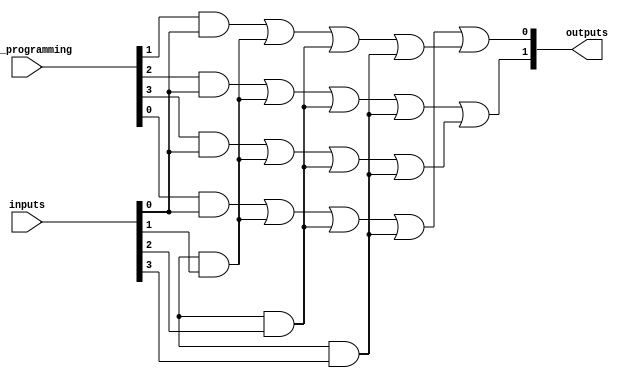
module SPAL #(
    parameter n = 4,  // Number of input lines
    parameter m = 4,  // Number of AND gates
    parameter p = 2   // Number of output lines
)(
    input  [n-1:0] inputs,           // Input lines
    input  [m-1:0] and_programming,   // Programming signals for AND gates
    output [p-1:0] outputs            // Output lines
);

// Internal signals for AND gate outputs
wire [m-1:0] and_outputs;

// Programmable AND gates
genvar i, j;
generate
    for (i = 0; i < m; i = i + 1) begin : and_gate
        assign and_outputs[i] = 
            (and_programming[i] & inputs[0]) |
            (and_programming[i + m] & inputs[1]) |
            (and_programming[i + 2*m] & inputs[2]) |
            (and_programming[i + 3*m] & inputs[3]);
    end
endgenerate

// Fixed OR gates
assign outputs[0] = and_outputs[0] | and_outputs[1]; // Example OR gate logic
assign outputs[1] = and_outputs[2] | and_outputs[3]; // Example OR gate logic

endmodule